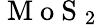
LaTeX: \mathrm{~M~o~S~}_{2}